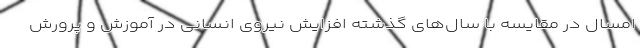
امسال در مقایسه با سال‌های گذشته افزایش نیروی انسانی در آموزش و پرورش